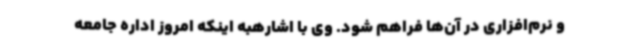
و نرم‌افزاری در آن‌ها فراهم شود. وی با اشارهبه اینکه امروز اداره جامعه